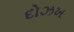
દોઝખ